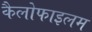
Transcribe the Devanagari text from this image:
कैलोफाइलम